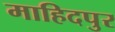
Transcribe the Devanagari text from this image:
माहिदपुर